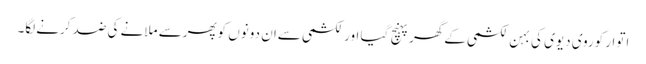
اتوار کوروی دیوی کی بہن لکشمی کےگھرپہنچ گیا اورلکشمی سےان دونوں کوپھرسے ملانے کی ضد کرنےلگا۔